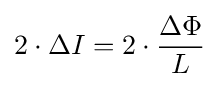
2\cdot \Delta I=2\cdot {\frac {\Delta \Phi }{L}}